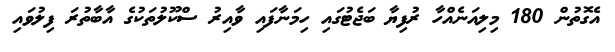
އެގޮތުން 180 މިލިއަނެއްހާ ރުފިޔާ ބަޖެޓުގައި ހިމަނާފައި ވާއިރު ސްކޫލުތަކުގެ އާބާތުރަ ފިލުވައި